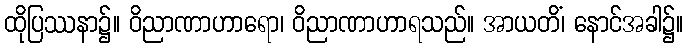
ထိုပြဿနာ၌။ ဝိညာဏာဟာရော၊ ဝိညာဏာဟာရသည်။ အာယတိံ၊ နောင်အခါ၌။